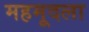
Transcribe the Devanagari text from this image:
महमूदला